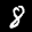
Label: 8